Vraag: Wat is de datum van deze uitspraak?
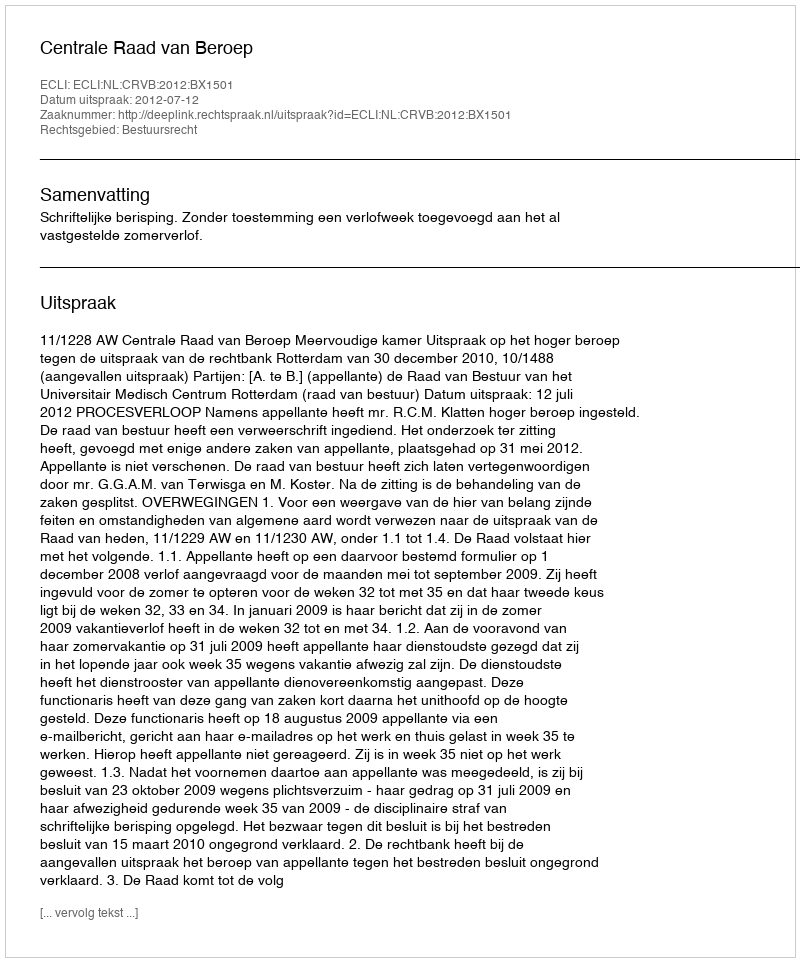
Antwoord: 2012-07-12